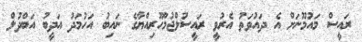
ރައީސް މައުމޫނަށް އެ ދައުވަތު އެރުވީ ރައީސުލްޖުމްހޫރިއްޔާގެ ނައިބު އަހުމަދު އަދީބު އަބްދުލް